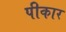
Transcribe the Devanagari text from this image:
पीकार